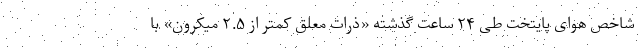
شاخص هوای پایتخت طی ۲۴ ساعت گذشته «ذرات معلق کمتر از ۲.۵ میکرون» با